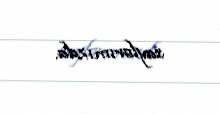
saylarımızda.